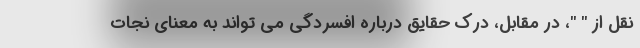
نقل از " "، در مقابل، درک حقایق درباره افسردگی می تواند به معنای نجات